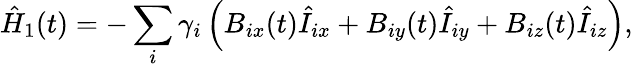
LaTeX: \hat{H}_{1}(t)=-\sum_{i}\gamma_{i}\left(B_{ix}(t)\hat{I}_{ix}+B_{iy}(t)\hat{I}_{iy}+B_{iz}(t)\hat{I}_{iz}\right),